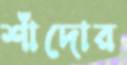
শাঁদোর